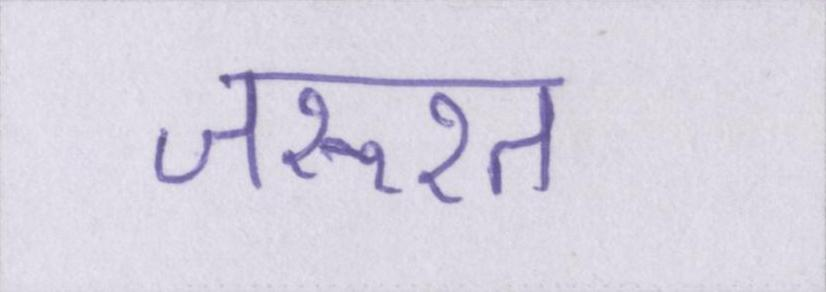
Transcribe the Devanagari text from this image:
जरूरत